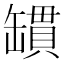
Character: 罆